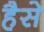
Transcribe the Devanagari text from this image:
हैसे